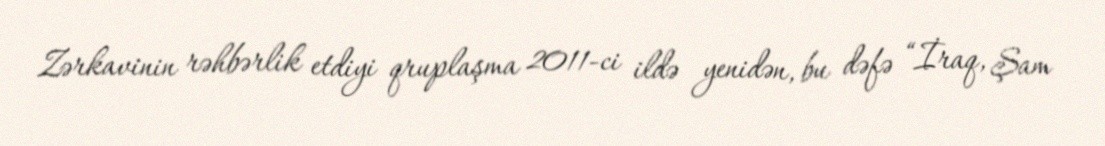
Zərkavinin rəhbərlik etdiyi qruplaşma 2011-ci ildə yenidən, bu dəfə “İraq, Şam